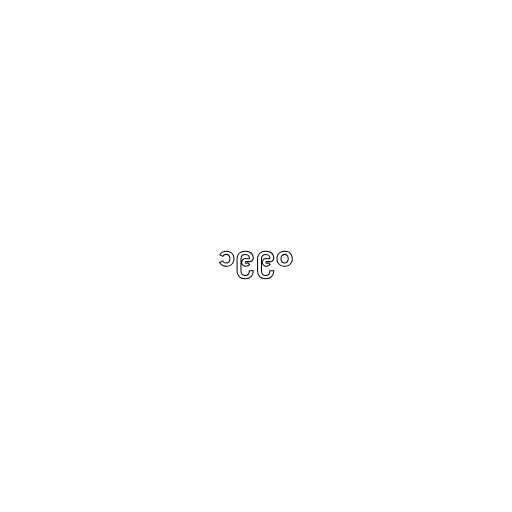
၁၉၉၀